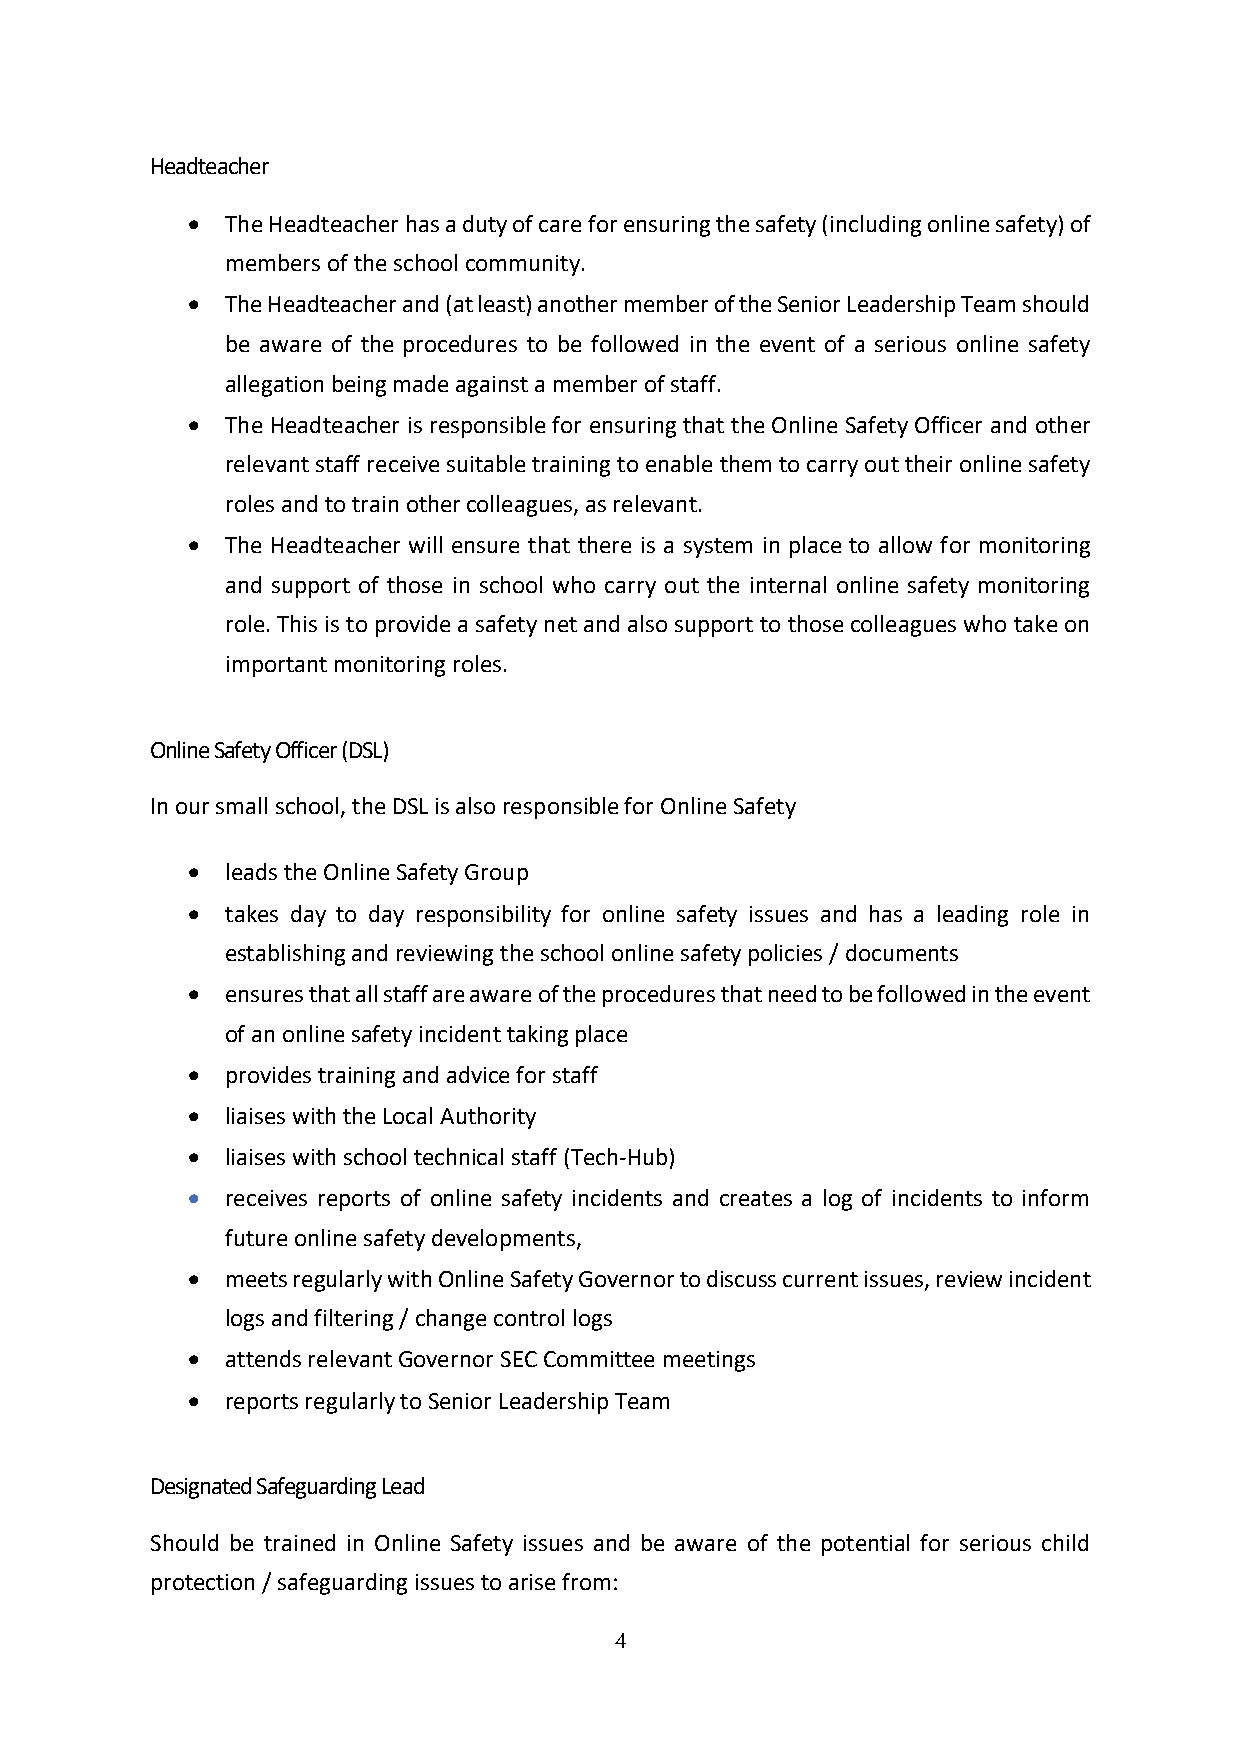
Headteacher
   The Headteacher has a duty of care for ensuring the safety (including online safety) of
 members of the school community.
   The Headteacher and (at least) another member of the Senior Leadership Team should
 be aware of the procedures to be followed in the event of a serious online safety
 allegation being made against a member of staff.
   The Headteacher is responsible for ensuring that the Online Safety Officer and other
 relevant staff receive suitable training to enable them to carry out their online safety
 roles and to train other colleagues, as relevant.
   The Headteacher will ensure that there is a system in place to allow for monitoring
 and support of those in school who carry out the internal online safety monitoring
 role. This is to provide a safety net and also support to those colleagues who take on
 important monitoring roles.
 Online Safety Officer (DSL)
 In our small school, the DSL is also responsible for Online Safety
   leads the Online Safety Group
   takes day to day responsibility for online safety issues and has a leading role in
 establishing and reviewing the school online safety policies / documents
   ensures that all staff are aware of the procedures that need to be followed in the event
 of an online safety incident taking place
   provides training and advice for staff
   liaises with the Local Authority
   liaises with school technical staff (Tech-Hub)
   receives reports of online safety incidents and creates a log of incidents to inform
 future online safety developments,
   meets regularly with Online Safety Governor to discuss current issues, review incident
 logs and filtering / change control logs
   attends relevant Governor SEC Committee meetings
   reports regularly to Senior Leadership Team
 Designated Safeguarding Lead
 Should be trained in Online Safety issues and be aware of the potential for serious child
 protection / safeguarding issues to arise from:
 4